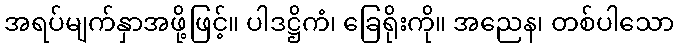
အရပ်မျက်နှာအဖို့ဖြင့်။ ပါဒဋ္ဌိကံ၊ ခြေရိုးကို။ အညေန၊ တစ်ပါသော